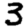
Digit: 3